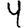
Digit: 4